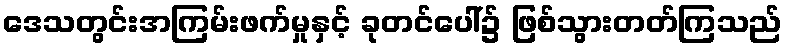
ဒေသတွင်းအကြမ်းဖက်မှုနှင့် ခုတင်ပေါ်၌ ဖြစ်သွားတတ်ကြသည်